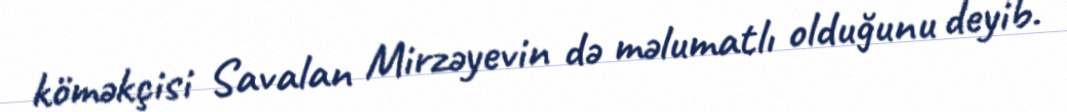
köməkçisi Savalan Mirzəyevin də məlumatlı olduğunu deyib.